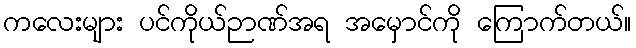
ကလေးများ ပင်ကိုယ်ဉာဏ်အရ အမှောင်ကို ကြောက်တယ်။